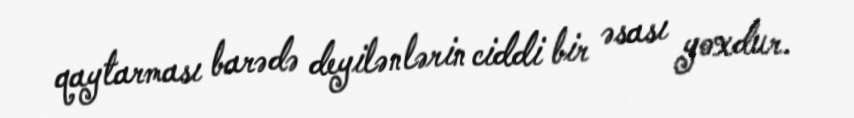
qaytarması barədə deyilənlərin ciddi bir əsası yoxdur.